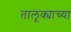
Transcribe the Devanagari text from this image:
तालूक्याच्या